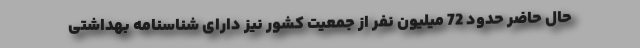
حال حاضر حدود 72 میلیون نفر از جمعیت کشور نیز دارای شناسنامه بهداشتی